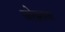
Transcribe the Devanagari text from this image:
जोझाया